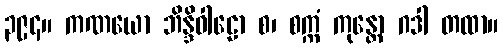
၃၉၄။ ကဏယော ဘိန္ဒိဝါဠော စ၊ စက္ကံ ကုန္တော ဂဒါ တထာ။